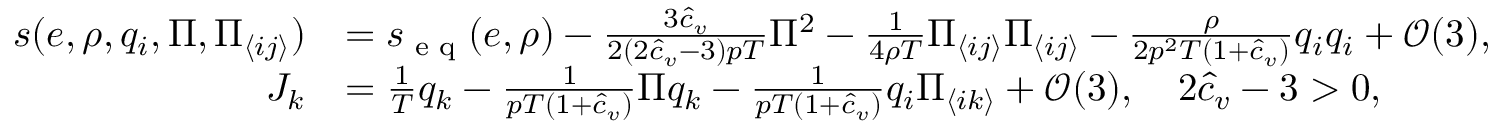
\begin{array} { r l } { s ( e , \rho , q _ { i } , \Pi , \Pi _ { \langle i j \rangle } ) } & { = s _ { \textrm { e q } } ( e , \rho ) - \frac { 3 \hat { c } _ { v } } { 2 ( 2 \hat { c } _ { v } - 3 ) p T } \Pi ^ { 2 } - \frac { 1 } { 4 \rho T } \Pi _ { \langle i j \rangle } \Pi _ { \langle i j \rangle } - \frac { \rho } { 2 p ^ { 2 } T ( 1 + \hat { c } _ { v } ) } q _ { i } q _ { i } + \mathcal { O } ( 3 ) , } \\ { J _ { k } } & { = \frac { 1 } { T } q _ { k } - \frac { 1 } { p T ( 1 + \hat { c } _ { v } ) } \Pi q _ { k } - \frac { 1 } { p T ( 1 + \hat { c } _ { v } ) } q _ { i } \Pi _ { \langle i k \rangle } + \mathcal { O } ( 3 ) , \quad 2 \hat { c } _ { v } - 3 > 0 , } \end{array}